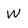
Character: W